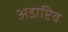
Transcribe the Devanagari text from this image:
अडाप्टिव